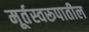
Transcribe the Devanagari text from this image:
मूर्तस्वरूपातील